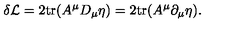
\delta { \cal L } = 2 \mathrm { t r } ( A ^ { \mu } D _ { \mu } \eta ) = 2 \mathrm { t r } ( A ^ { \mu } \partial _ { \mu } \eta ) .